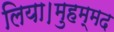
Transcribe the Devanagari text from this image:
लिया।मुहम्मद